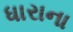
ધારાના